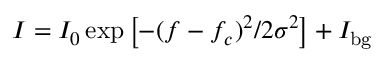
I = I _ { 0 } \exp { \left[ - ( f - f _ { c } ) ^ { 2 } / 2 \sigma ^ { 2 } \right] } + I _ { \mathrm { b g } }